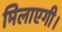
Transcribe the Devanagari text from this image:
मिलाएगी।